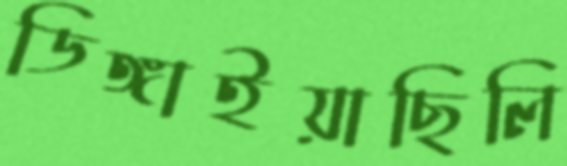
ডিঙ্গাইয়াছিলি